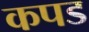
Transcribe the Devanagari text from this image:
कपड